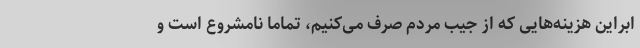
ابراین هزینه‌هایی که از جیب مردم صرف می‌کنیم، تماماً نامشروع است و